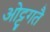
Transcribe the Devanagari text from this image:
ओट्ट्गतै